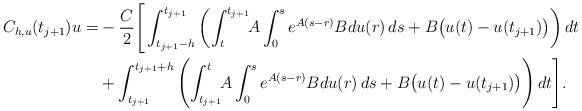
LaTeX: \begin{align*}C_{h,u}(t_{j+1})u=&-\frac{C}{2} \Bigg[ \int_{t_{j+1}-h}^{t_{j+1}} \left( \int_t^{t_{j+1}} \!\! A \int_0^s e^{A(s-r)}Bdu(r) \, ds + B\big(u(t)-u(t_{j+1})\big) \right) dt \\ & + \int_{t_{j+1}}^{t_{j+1}+h} \left( \int_{t_{j+1}}^t \!\! A \int_0^s e^{A(s-r)}Bdu(r) \, ds + B\big(u(t)-u(t_{j+1})\big) \right) dt \Bigg]. \end{align*}